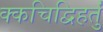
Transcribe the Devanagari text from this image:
क्कचिद्विहर्तुं